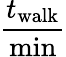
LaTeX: \frac{t_{\mathrm{walk}}}{\operatorname*{min}}